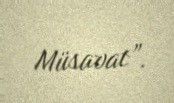
Müsavat”.